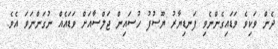
ދެން ވަކިވެ ވަޑައިގެންނެވި ފަނޑިޔާރު ޔޫސުފު ހުސައިން ޖަލްސާއަށް ވަޑައެއް ނުގަންނަވަ އެވެ.